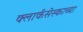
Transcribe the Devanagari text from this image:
क्लार्कसेस्काच्या